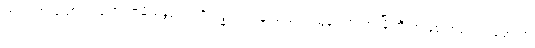
တည်ထားဆောက်လှူကြတာမို့ မန္တလေးကို ဗုဒ္ဓသာသနာ စည်ပင်ထွန်းကားတဲ့ မြို့ကြီးအဖြစ် အထက်၊ အောက်